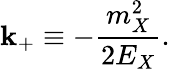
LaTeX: \mathbf{k}_{+}\equiv-\frac{{m_{X}^{2}}}{{2E_{X}}}.